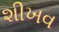
શીખવ